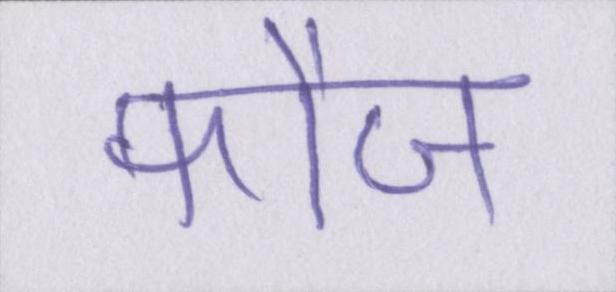
फौज